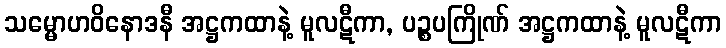
သမ္မောဟဝိနောဒနီ အဋ္ဌကထာနဲ့ မူလဋီကာ, ပဉ္စပကြိုဏ် အဋ္ဌကထာနဲ့ မူလဋီကာ